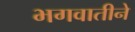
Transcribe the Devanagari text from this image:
भगवातीने